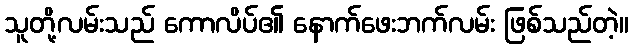
သူတို့လမ်းသည် ကောလိပ်၏ နောက်ဖေးဘက်လမ်း ဖြစ်သည်တဲ့။